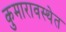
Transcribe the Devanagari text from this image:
कुमारावस्थेत